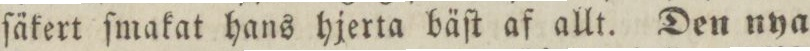
ſäkert ſmakat hans hjerta bäſt af allt. Den nya